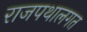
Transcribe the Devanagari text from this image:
राजपथालगत